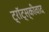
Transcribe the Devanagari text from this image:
ट्रॉट्स्कीवाद